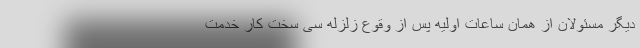
دیگر مسئولان از همان ساعات اولیه پس از وقوع زلزله سی سخت کار خدمت